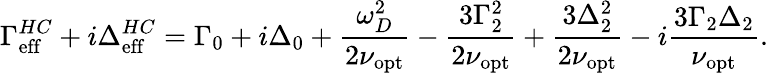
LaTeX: \Gamma_{\mathrm{eff}}^{HC}+i\Delta_{\mathrm{eff}}^{HC}=\Gamma_{0}+i\Delta_{0}+\frac{\omega_{D}^{2}}{2\nu_{\mathrm{opt}}}-\frac{3\Gamma_{2}^{2}}{2\nu_{\mathrm{opt}}}+\frac{3\Delta_{2}^{2}}{2\nu_{\mathrm{opt}}}-i\frac{3\Gamma_{2}\Delta_{2}}{\nu_{\mathrm{opt}}}.